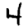
Digit: 4